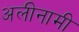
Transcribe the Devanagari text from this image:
अलीनामी